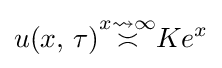
u(x,\,\tau ){\overset {x\rightsquigarrow \infty }{\asymp }}Ke^{x}